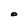
Character: O